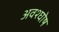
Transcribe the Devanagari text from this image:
अवश्घोष